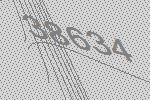
38634